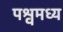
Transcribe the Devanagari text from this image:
पश्वमध्य